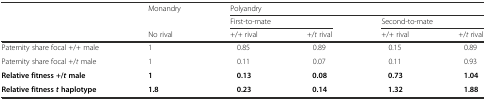
<table><thead><tr><td rowspan="3"></td><td><b>Monandry</b></td><td colspan="4"><b>Polyandry</b></td></tr><tr><td></td><td colspan="2"><b>First-to-mate</b></td><td colspan="2"><b>Second-to-mate</b></td></tr><tr><td><b>No rival</b></td><td><b>+/+ rival</b></td><td><b>+/<i>t</i> rival</b></td><td><b>+/+ rival</b></td><td><b>+/<i>t</i> rival</b></td></tr></thead><tbody><tr><td>Paternity share focal +/+ male</td><td>1</td><td>0.85</td><td>0.89</td><td>0.15</td><td>0.89</td></tr><tr><td>Paternity share focal +/<i>t</i> male</td><td>1</td><td>0.11</td><td>0.07</td><td>0.11</td><td>0.93</td></tr><tr><td><b>Relative fitness +/</b><b><i>t</i></b><b>male</b></td><td><b>1</b></td><td><b>0.13</b></td><td><b>0.08</b></td><td><b>0.73</b></td><td><b>1.04</b></td></tr><tr><td><b>Relative fitness</b><b><i>t</i></b><b>haplotype</b></td><td><b>1.8</b></td><td><b>0.23</b></td><td><b>0.14</b></td><td><b>1.32</b></td><td><b>1.88</b></td></tr></tbody></table>